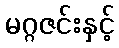
မဂ္ဂဇင်းနှင့်